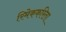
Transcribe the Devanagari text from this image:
रिमेककरिता